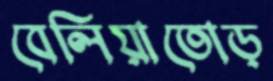
বেলিয়াতোড়